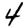
Digit: 4